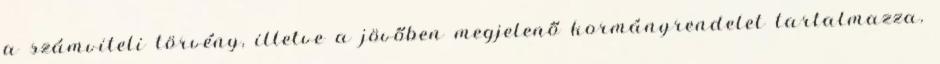
a számviteli törvény, illetve a jövőben megjelenő kormányrendelet tartalmazza.